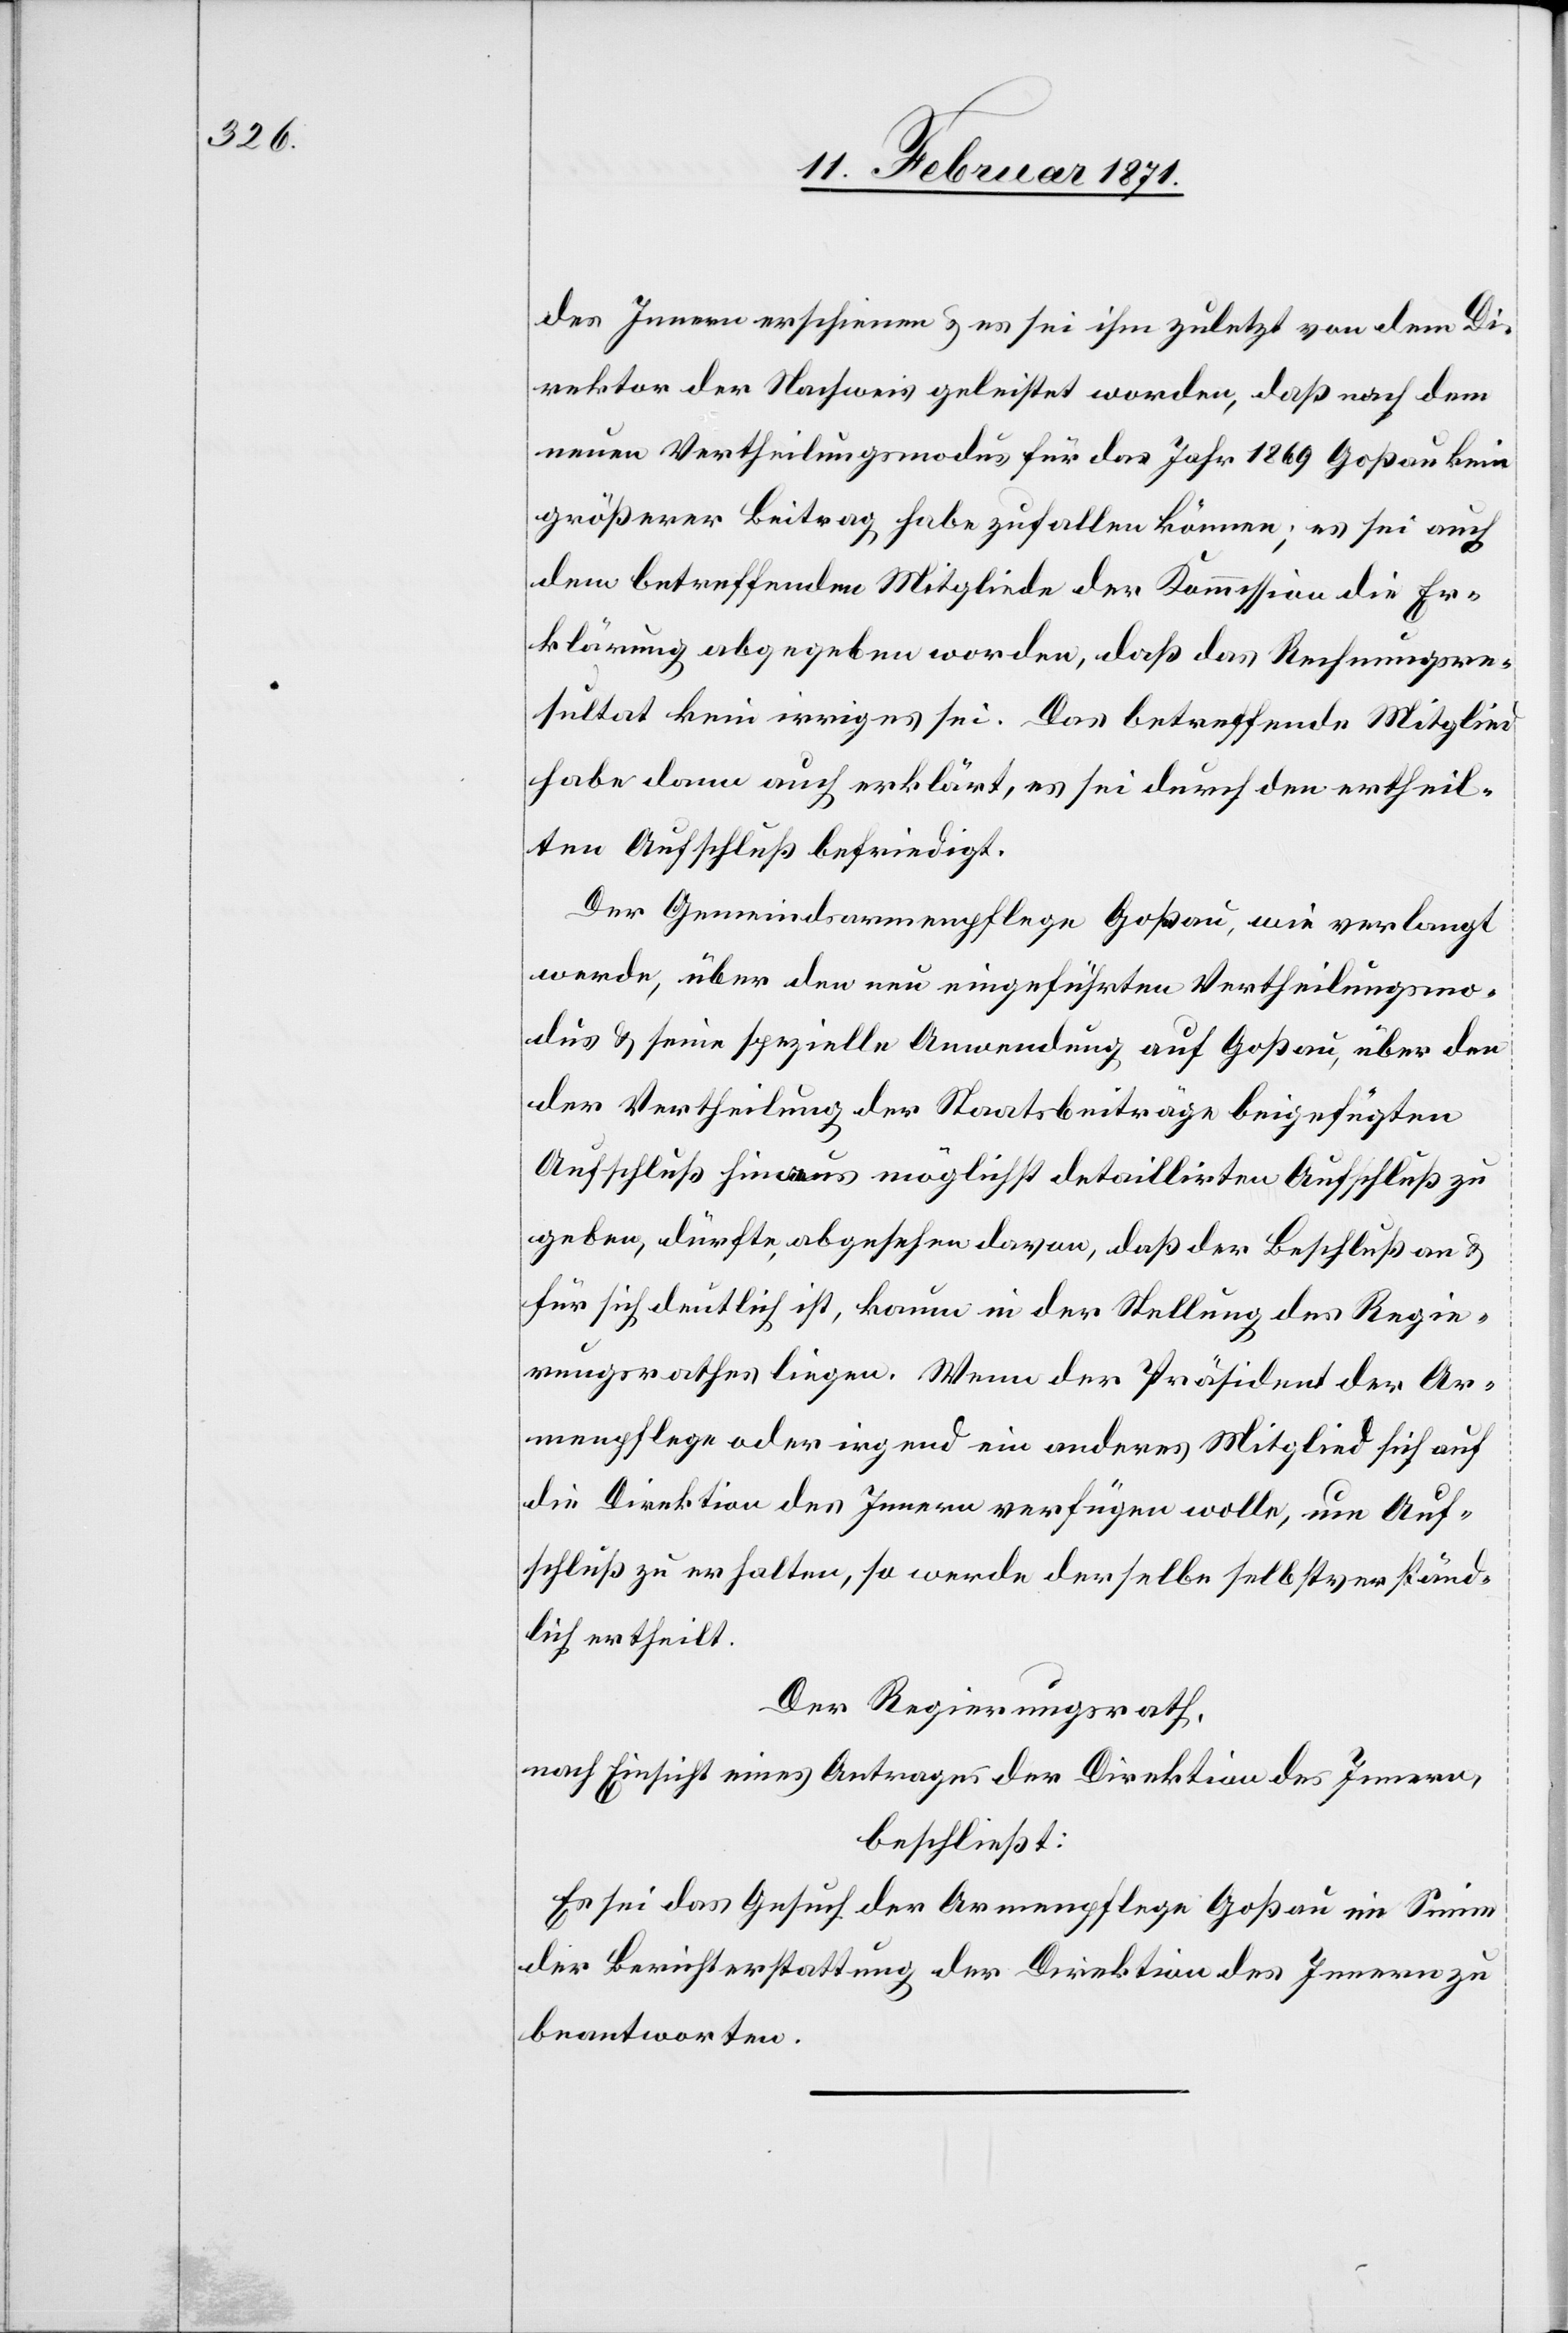
des Innern erschienen u. es sei ihm zuletzt von dem Di¬
rektor der Nachweis geleistet worden, daß nach dem
neuen Vertheilungsmodus für das Jahr 1869 Goßau kein
größerer Beitrag habe zufallen können; es sei auch
dem betreffenden Mitgliede der Kommission die Er¬
klärung abgegeben worden, daß das Rechnungsre¬
sultat kein irriges sei. Das betreffende Mitglied
habe dann auch erklärt, es sei durch den ertheil¬
ten Aufschluß befriedigt.
Der Gemeindsarmenpflege Goßau, wie verlangt
werde, über den nun eingeführten Vertheilungsmo¬
dus u. seine spezielle Anwendung auf Goßau, über den
der Vertheilung der Staatsbeiträge beigefügten
Aufschluß hinaus möglichst detaillirten Aufschluß zu
geben, dürfte abgesehen davon, daß der Beschluß an u.
für sich deutlich ist, kaum in der Stellung des Regie¬
rungsrathes liegen. Wenn der Präsident der Ar¬
menpflege oder irgend ein anderes Mitglied sich auf
die Direktion des Innern verfügen wolle, um Auf¬
schluß zu erhalten, so werde derselben selbstverständ¬
lich ertheilt.
Der Regierungsrath,
nach Einsicht eines Antrages der Direktion des Innern,
beschließt:
Es sei das Gesuch der Armenpflege Goßau im Sinne
der Berichterstattung der Direktion des Innern zu
beantworten.